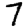
Digit: 7